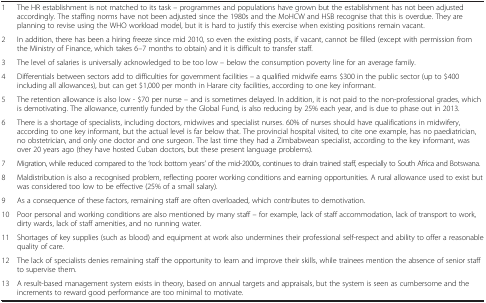
<table><thead><tr><td><b> </b></td><td><b> </b></td></tr></thead><tbody><tr><td>1</td><td>The HR establishment is not matched to its task – programmes and populations have grown but the establishment has not been adjusted accordingly. The staffing norms have not been adjusted since the 1980s and the MoHCW and HSB recognise that this is overdue. They are planning to revise using the WHO workload model, but it is hard to justify this exercise when existing positions remain vacant.</td></tr><tr><td>2</td><td>In addition, there has been a hiring freeze since mid 2010, so even the existing posts, if vacant, cannot be filled (except with permission from the Ministry of Finance, which takes 6–7 months to obtain) and it is difficult to transfer staff.</td></tr><tr><td>3</td><td>The level of salaries is universally acknowledged to be too low – below the consumption poverty line for an average family.</td></tr><tr><td>4</td><td>Differentials between sectors add to difficulties for government facilities – a qualified midwife earns $300 in the public sector (up to $400 including all allowances), but can get $1,000 per month in Harare city facilities, according to one key informant.</td></tr><tr><td>5</td><td>The retention allowance is also low - $70 per nurse – and is sometimes delayed. In addition, it is not paid to the non-professional grades, which is demotivating. The allowance, currently funded by the Global Fund, is also reducing by 25% each year, and is due to phase out in 2013.</td></tr><tr><td>6</td><td>There is a shortage of specialists, including doctors, midwives and specialist nurses. 60% of nurses should have qualifications in midwifery, according to one key informant, but the actual level is far below that. The provincial hospital visited, to cite one example, has no paediatrician, no obstetrician, and only one doctor and one surgeon. The last time they had a Zimbabwean specialist, according to the key informant, was over 20 years ago (they have hosted Cuban doctors, but these present language problems).</td></tr><tr><td>7</td><td>Migration, while reduced compared to the ‘rock bottom years’ of the mid-2000s, continues to drain trained staff, especially to South Africa and Botswana.</td></tr><tr><td>8</td><td>Maldistribution is also a recognised problem, reflecting poorer working conditions and earning opportunities. A rural allowance used to exist but was considered too low to be effective (25% of a small salary).</td></tr><tr><td>9</td><td>As a consequence of these factors, remaining staff are often overloaded, which contributes to demotivation.</td></tr><tr><td>10</td><td>Poor personal and working conditions are also mentioned by many staff – for example, lack of staff accommodation, lack of transport to work, dirty wards, lack of staff amenities, and no running water.</td></tr><tr><td>11</td><td>Shortages of key supplies (such as blood) and equipment at work also undermines their professional self-respect and ability to offer a reasonable quality of care.</td></tr><tr><td>12</td><td>The lack of specialists denies remaining staff the opportunity to learn and improve their skills, while trainees mention the absence of senior staff to supervise them.</td></tr><tr><td>13</td><td>A result-based management system exists in theory, based on annual targets and appraisals, but the system is seen as cumbersome and the increments to reward good performance are too minimal to motivate.</td></tr></tbody></table>